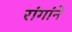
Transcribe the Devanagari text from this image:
रांगांने